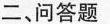
二、问答题